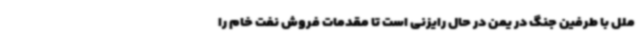
ملل با طرفین جنگ در یمن در حال رایزنی است تا مقدمات فروش نفت خام را